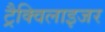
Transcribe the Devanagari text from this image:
ट्रैक्विलाइजर